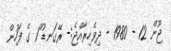
ޖޫން 12 - 1980 - ދިވެހިރާއްޖެ:- ރޭގަނޑު ް1 ގެ ފަހުން